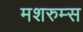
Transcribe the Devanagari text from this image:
मशरुम्स